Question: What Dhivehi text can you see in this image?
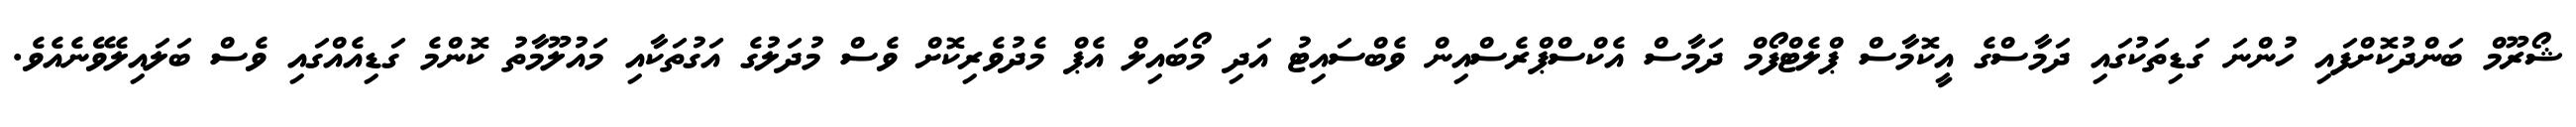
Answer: ޝޯރޫމް ބަންދުކޮށްފައި ހުންނަ ގަޑިތަކުގައި ދަމާސްގެ އީކޮމާސް ޕްލެޓްފޯމް ދަމާސް އެކްސްޕްރެސްއިން ވެބްސައިޓު އަދި މޯބައިލް އެޕް މެދުވެރިކޮށް ވެސް މުދަލުގެ އަގުތަކާއި މައުލޫމާތު ކޮންމެ ގަޑިއެއްގައި ވެސް ބަލައިލެވޭނެއެވެ.